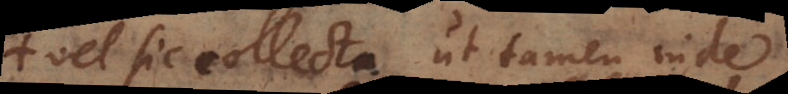
vel sic collecta ut tamen inde